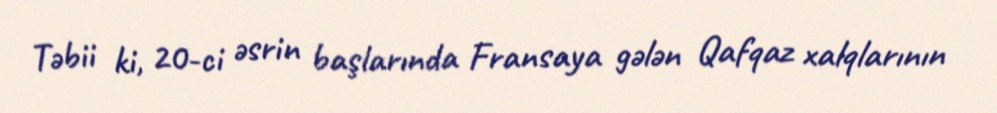
Təbii ki, 20-ci əsrin başlarında Fransaya gələn Qafqaz xalqlarının